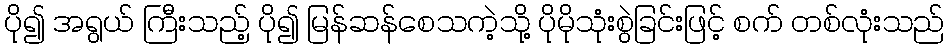
ပို၍ အရွယ် ကြီးသည့် ပို၍ မြန်ဆန်စေသကဲ့သို့ ပိုမိုသုံးစွဲခြင်းဖြင့် စက် တစ်လုံးသည်